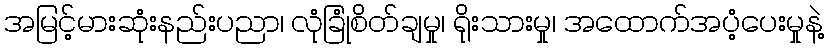
အမြင့်မားဆုံးနည်းပညာ၊ လုံခြုံစိတ်ချမှု၊ ရိုးသားမှု၊ အထောက်အပံ့ပေးမှုနဲ့